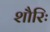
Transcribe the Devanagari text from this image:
शौरिः